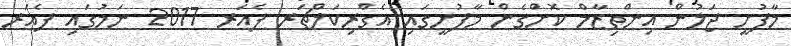
މާފުށީ ޖަލުން އިންތިޒާމް ކޮށްގެން މާފުށީގައި އެގްރިކަލްޗަރ ފެއަރ 2017 ނަމުގައި ފެއަރ